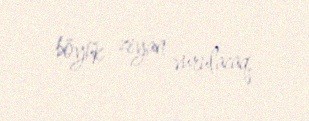
böyük ziyan vurulacaq.